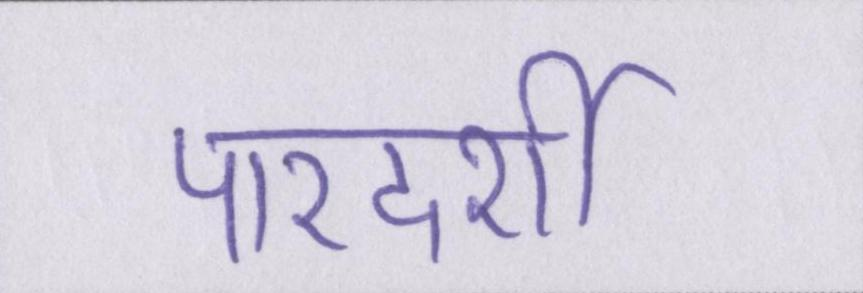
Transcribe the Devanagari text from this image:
पारदर्शी